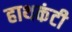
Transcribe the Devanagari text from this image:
हाथकंटी